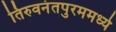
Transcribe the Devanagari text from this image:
तिरुवनंतपुरममध्ये